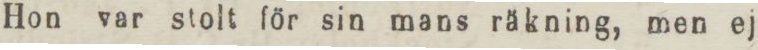
Hon var stolt för sin mans räkning, men ej